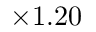
\times 1 . 2 0